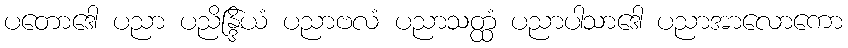
ပတောဒေါ ပညာ ပညိန္ဒြိယံ ပညာဗလံ ပညာသတ္ထံ ပညာပါသာဒေါ ပညာအာလောကော